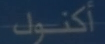
أكنول